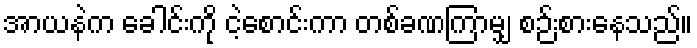
အာယနဲက ခေါင်းကို ငဲ့စောင်းကာ တစ်ခဏကြာမျှ စဉ်းစားနေသည်။